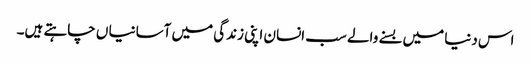
اس دنیا میں بسنے والے سب انسان اپنی زندگی میں آسانیا ں چاہتے ہیں۔